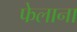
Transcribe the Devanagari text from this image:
फेलाना